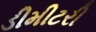
ડીમીટરી